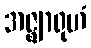
အဇ္ဈာရုဟံ